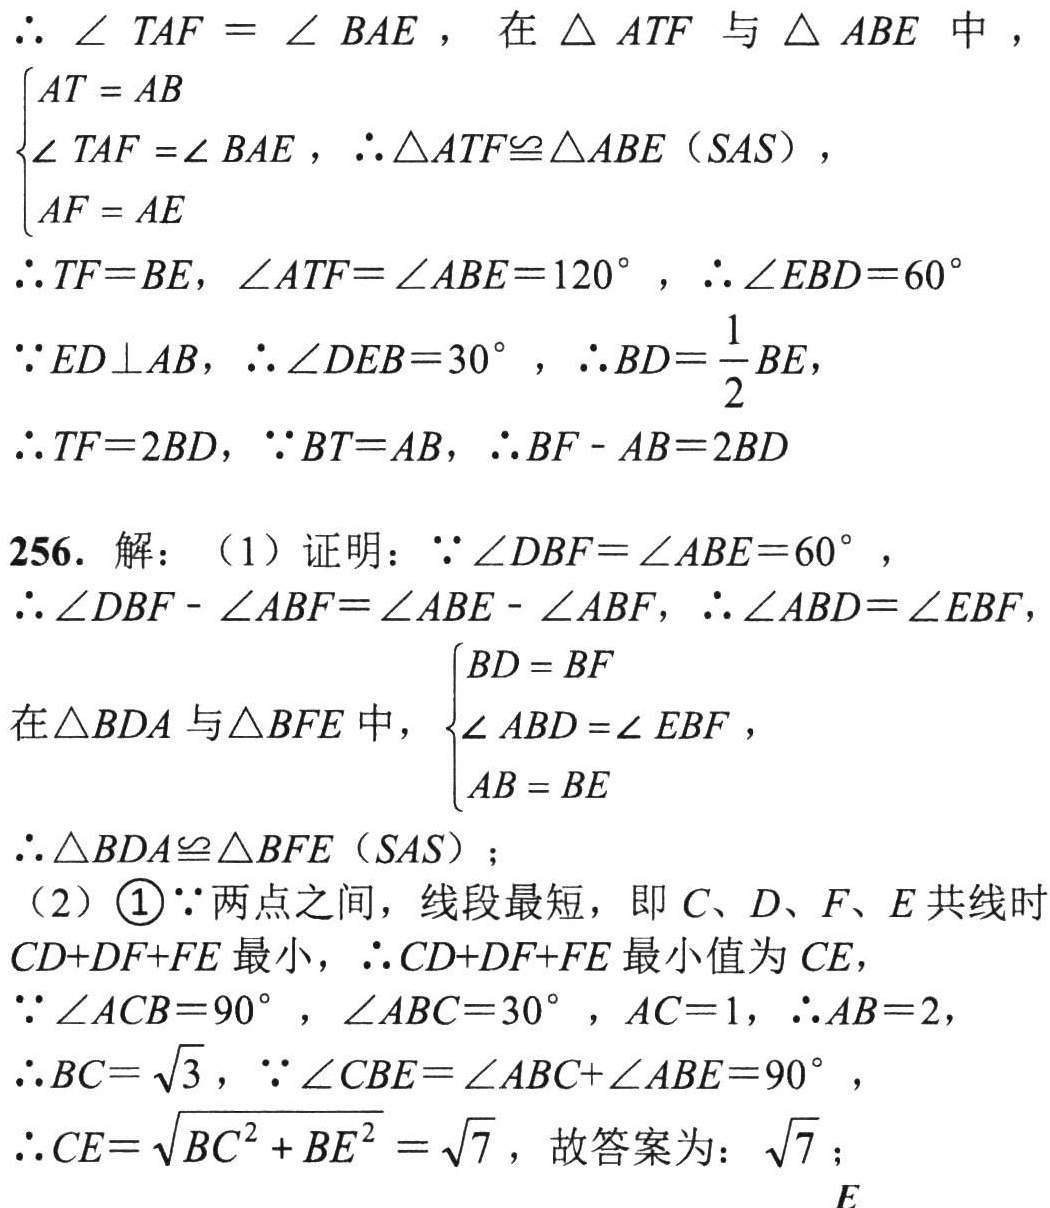
\(\therefore\angle TAF = \angle BAE\)，在\(\triangle ATF\)与\(\triangle ABE\)中，
\(\begin{cases}
AT = AB\\
\angle TAF=\angle BAE\\
AF = AE
\end{cases}\)，\(\therefore\triangle ATF\cong\triangle ABE\ (SAS)\)，
\(\therefore TF = BE\)，\(\angle ATF=\angle ABE = 120^{\circ}\)，\(\therefore\angle EBD = 60^{\circ}\)
\(\because ED\perp AB\)，\(\therefore\angle DEB = 30^{\circ}\)，\(\therefore BD=\dfrac{1}{2}BE\)，
\(\therefore TF = 2BD\)，\(\because BT = AB\)，\(\therefore BF - AB=2BD\)

256. 解：（1）证明：\(\because\angle DBF=\angle ABE = 60^{\circ}\)，
\(\therefore\angle DBF-\angle ABF=\angle ABE-\angle ABF\)，\(\therefore\angle ABD=\angle EBF\)，
在\(\triangle BDA\)与\(\triangle BFE\)中，\(\begin{cases}
BD = BF\\
\angle ABD=\angle EBF\\
AB = BE
\end{cases}\)，
\(\therefore\triangle BDA\cong\triangle BFE\ (SAS)\)；
（2）\textcircled{1}\(\because\)两点之间，线段最短，即\(C\)、\(D\)、\(F\)、\(E\)共线时\(CD + DF+FE\)最小，\(\therefore CD + DF+FE\)最小值为\(CE\)，
\(\because\angle ACB = 90^{\circ}\)，\(\angle ABC = 30^{\circ}\)，\(AC = 1\)，\(\therefore AB = 2\)，
\(\therefore BC=\sqrt{3}\)，\(\because\angle CBE=\angle ABC+\angle ABE = 90^{\circ}\)，
\(\therefore CE=\sqrt{BC^{2}+BE^{2}}=\sqrt{7}\)，故答案为：\(\sqrt{7}\)；